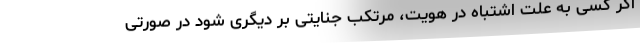
اگر کسی به علت اشتباه در هویت، مرتکب جنایتی بر دیگری شود در صورتی